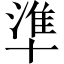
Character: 準